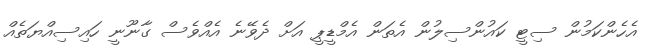
އެހެންކަމުން ސިޓީ ކައުންސިލުން އެތަން އެމްޑީޕީ އަށް ދެވޭނެ އެއްވެސް ގާނޫނީ ހައިސިއްޔަތެއް